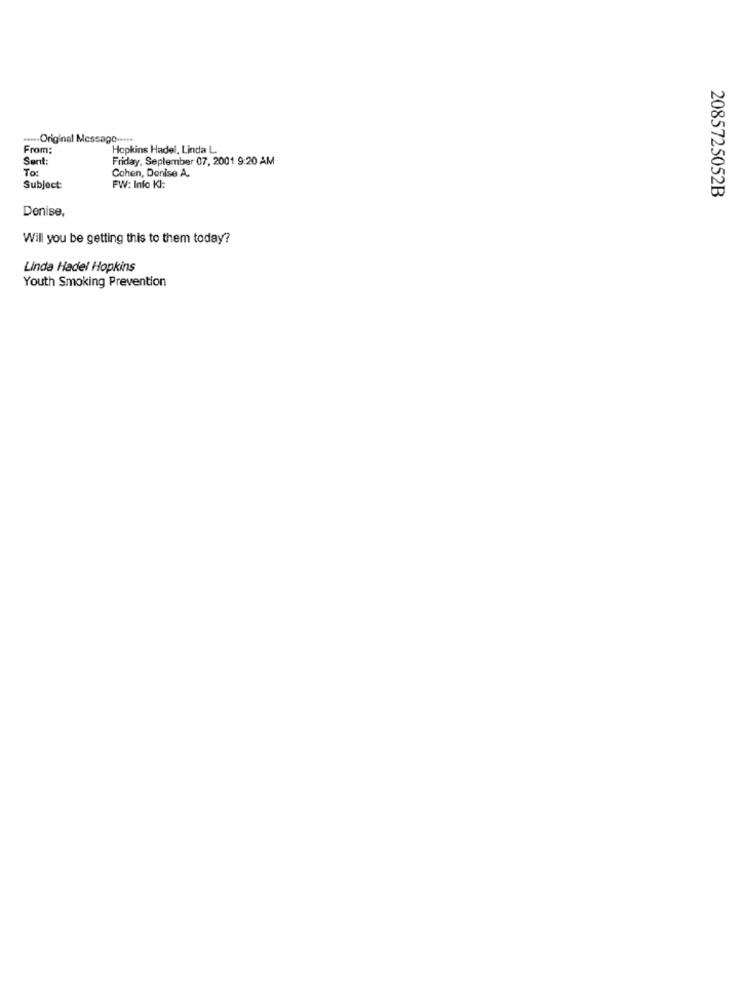
..... Original Message -....
From:
Hopkins Hadel, Linda L.
Sent:
Friday, September 07, 2001 9:20 AM
To:
Cohen, Denise A.
Subject:
FW: Info KI:
2085725052B
Denise,
Will you be getting this to them today?
Linda Hadel Hopkins
Youth Smoking Prevention